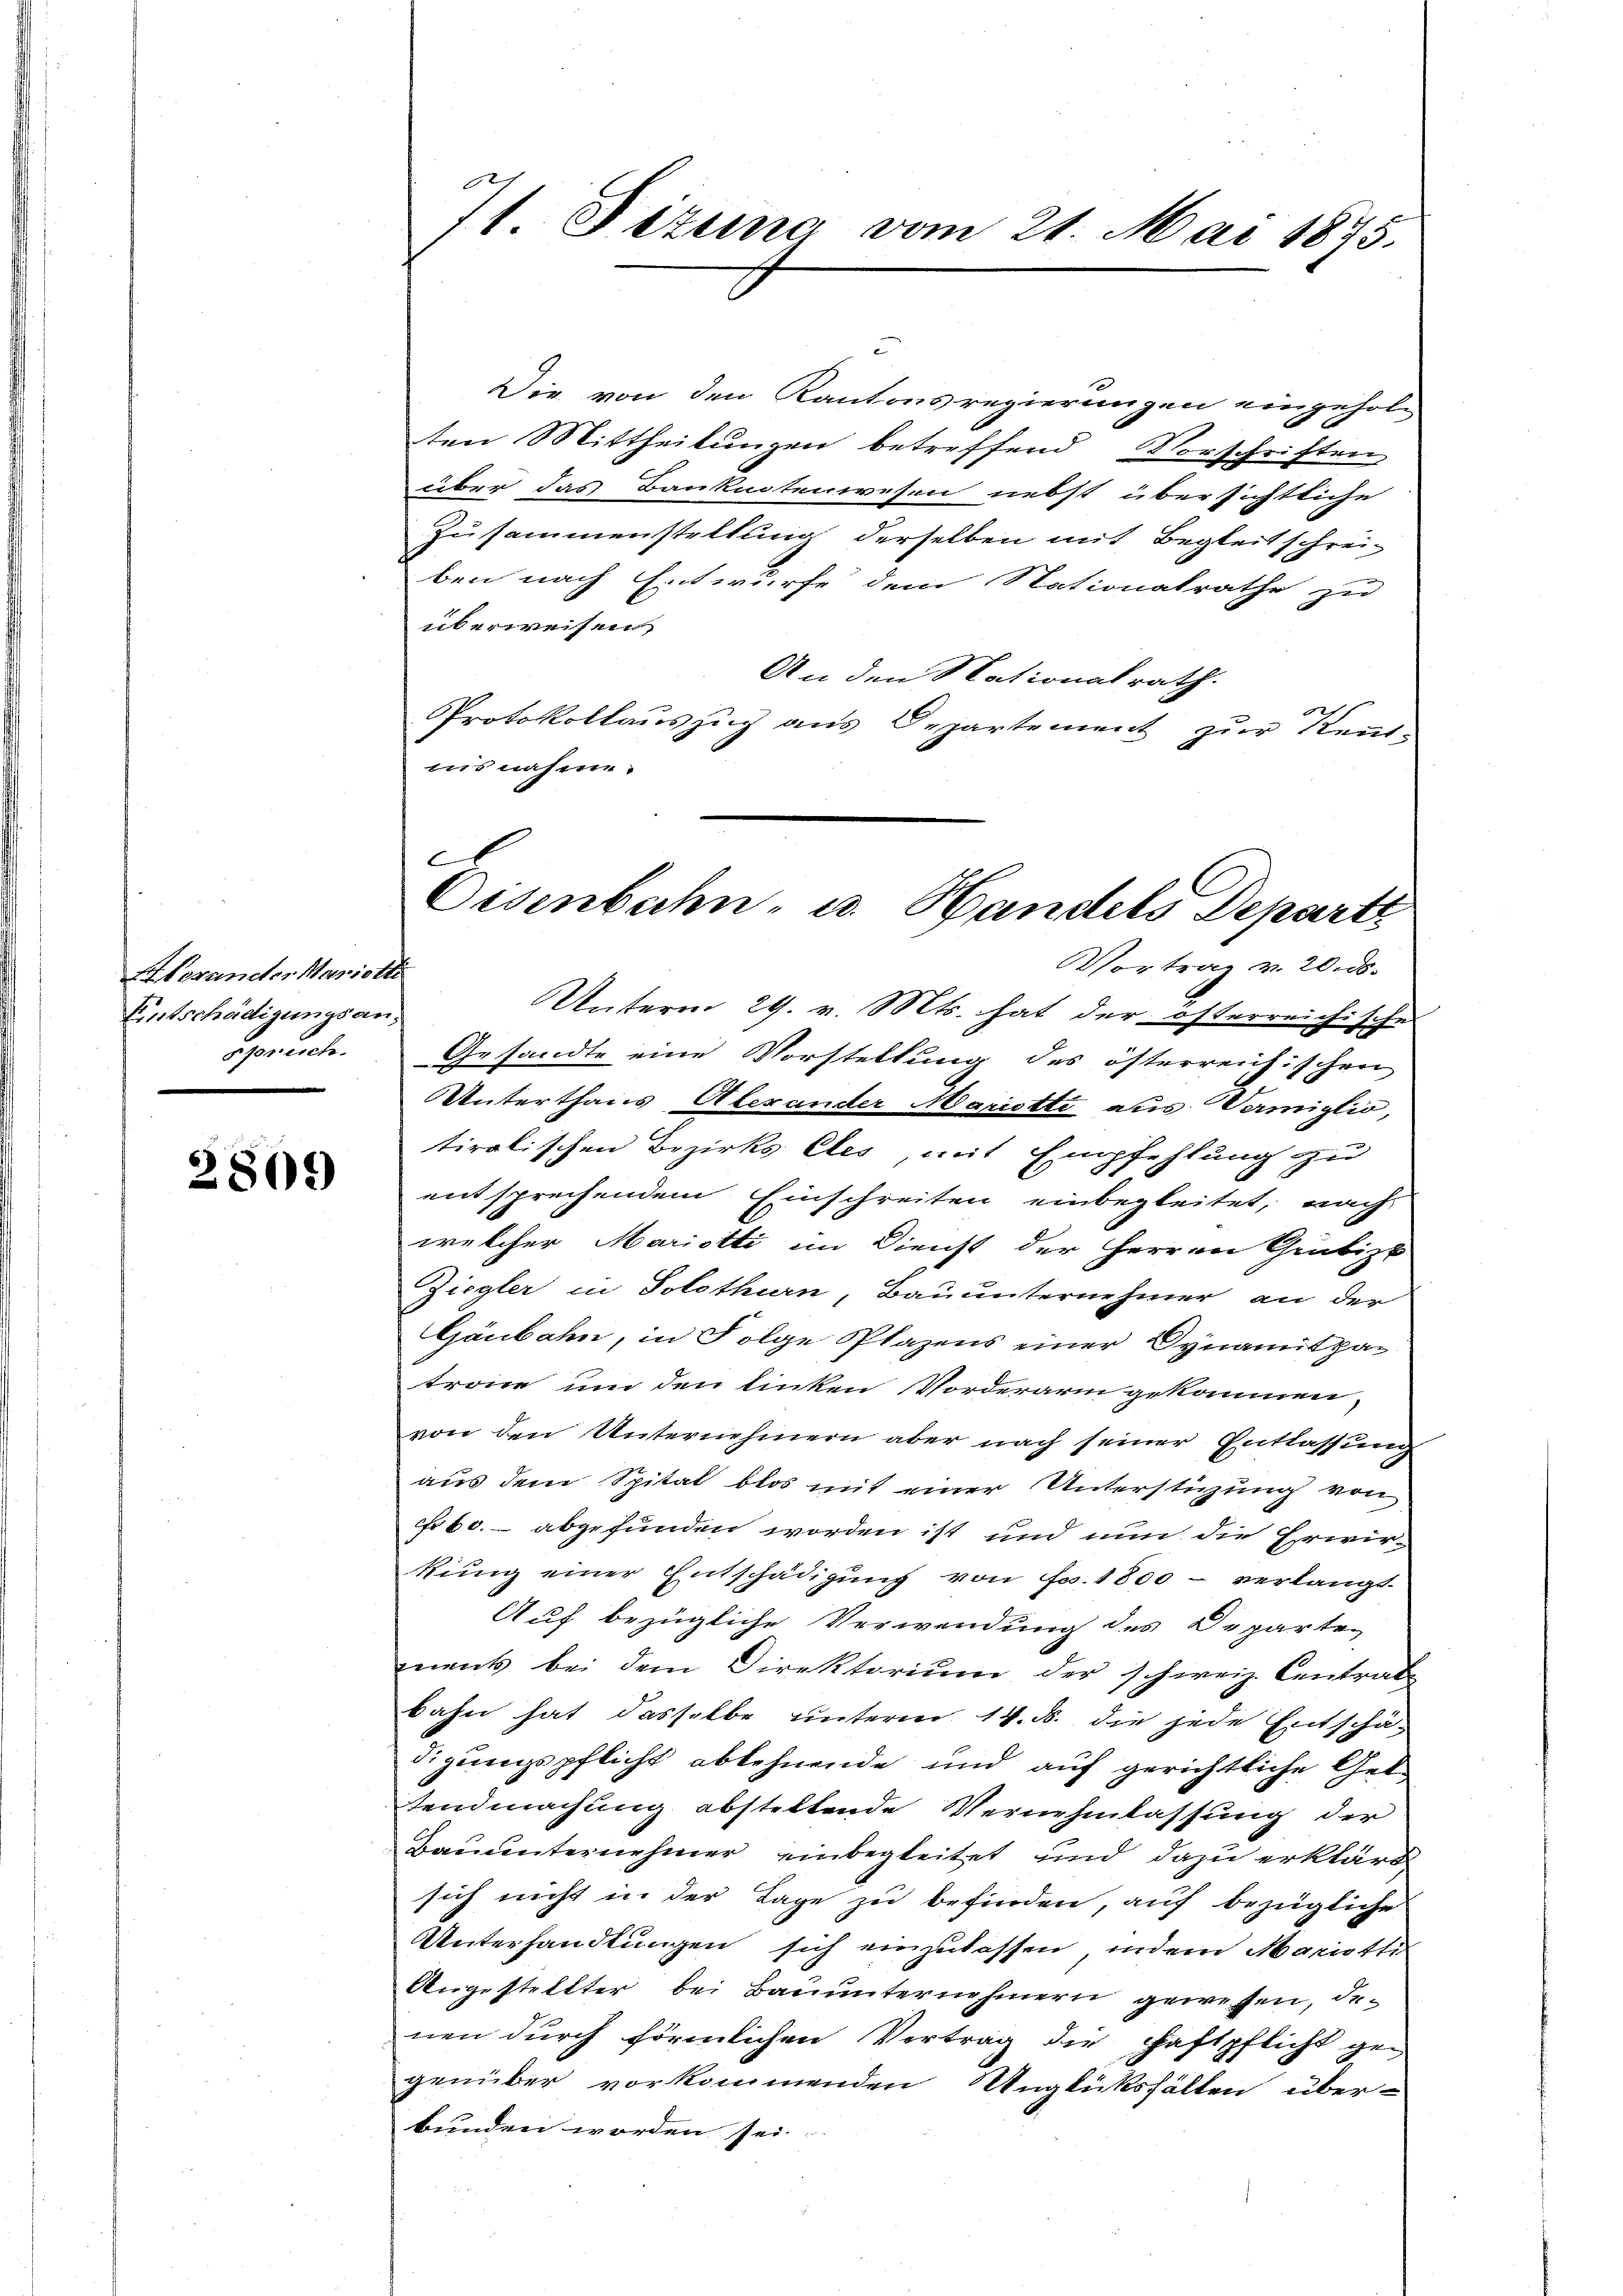
Elevander Mariette
Entschädigungsansprach.

2809

71. Titung vom 21. Mai 1875.

Die von den Kantonsregierungen eingeholten Mittheilungen betreffend Vorschriften
über das Banknotenwesen nebst übersichtliche
Zusammenstellung derselben mit Begleitschreiben nach Entwurfe dem Nationalrathe zu
überweisen,
An den Nationalrath.
Protokollauszug aus Departement zur Kenntuusnahme.
Vortrag v. 20. ds.
Unterm 29. v. Mts. hat der österreichische
Gesandte eine Vorstellung des österreichischen
UUnterthans Aberander Mariette aus Vermiglio,
tiralischen Bezirks Cles mit Empfehlung zu
entsprechendem Einschreiten einbegleitet, nach
welcher Marietti im Dienst der Herren Grubizk
Ziegler in Solothurn, Bauunternehmer an der
Gaubahn, in Folge Plazens einer Dynamispa-
trone um den linken Vorderarin gekommen,
von den Unternehmern aber nach seiner Entlassung
aus dem Spital blos mit einer Unterstützung von
Fr 60. abgefunden worden ist und nun die Erwirkung einer Entschädigung von Fr. 1800 - verlangt
Auf bezügliche Verwendung des Departen
mnent bei dem Direktorium der schweiz. Centrat
bahn hat dasselbe unterm 14. ds. die jede Entschä-
digungspflicht ablehnende und auf gerichtliche Geltendmachung absteltende Vernehmlassung der
Bauunternehmer einbegleitet und dazu erklärt
sich nicht in der Tage zu befinden, auf bezügliche
Unterhandlungen sich einzulassen, indem Mariotti
Angestellter bei Baŭŭnternehmern gewesen, de-
nen durch förmlichen Vertrag die Haftpflicht gegenüber vorkommenden Unglücksfällen über-
bunden worden sei.

A
Oisenbahn- u. Handels Departe